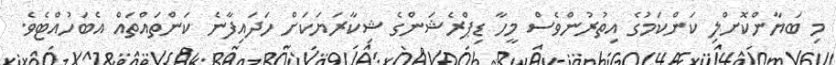
މި ބަޔާންކޮށްލި ކަންކަމުގެ އިތުރުންވެސް މީހާ ޑިޕްރެޝަންގެ ޝިކާރަޔަކަށް ހަދައިފާނެ ކަންތައްތައް އެބަހުއްޓެވެ.